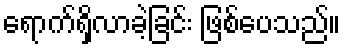
ရောက်ရှိလာခဲ့ခြင်း ဖြစ်ပေသည်။